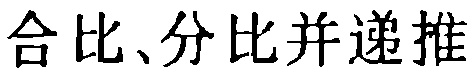
合比、分比并递推